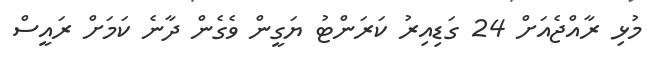
މުޅި ރާއްޖެއަށް 24 ގަޑިއިރު ކަަރަންޓު ޔަގީން ވެގެން ދާނެ ކަަމަށް ރައީސް